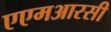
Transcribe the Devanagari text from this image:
एएमआरसी